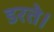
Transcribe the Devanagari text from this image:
डरते।